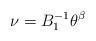
LaTeX: \begin{align*} \nu = B_1^{-1}\theta^{\beta} \end{align*}